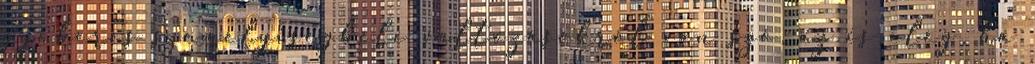
gyökeres személyiségbeli változásokról van szó, az is elég, ha